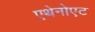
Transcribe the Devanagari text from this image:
एथेनोएट